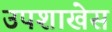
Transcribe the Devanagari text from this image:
उपशाखेस